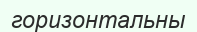
горизонтальны